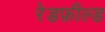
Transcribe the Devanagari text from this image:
रेडफ़ील्ड